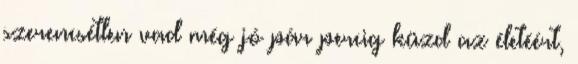
szerencsétlen vad még jó pár percig küzd az életéért,